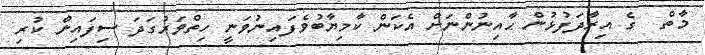
މާތް  ގެ އިރާދަފުޅުން ޙާއިނުންނަށް އެކަން ކާމިޔާބުވެފައިނުވަނީ ހިތްވަރުގަދަ ސިފައިން ކުރި